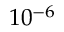
1 0 ^ { - 6 }